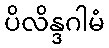
ပိလိန္ဒဂါမံ